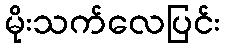
မိုးသက်လေပြင်း